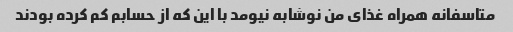
متاسفانه همراه غذای من نوشابه نیومد با این که از حسابم کم کرده بودند